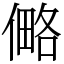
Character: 㑼